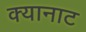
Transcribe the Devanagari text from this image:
क्यानाट